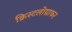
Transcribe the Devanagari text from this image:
क्रिस्टलोग्राफर